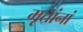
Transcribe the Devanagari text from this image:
मृतांनां